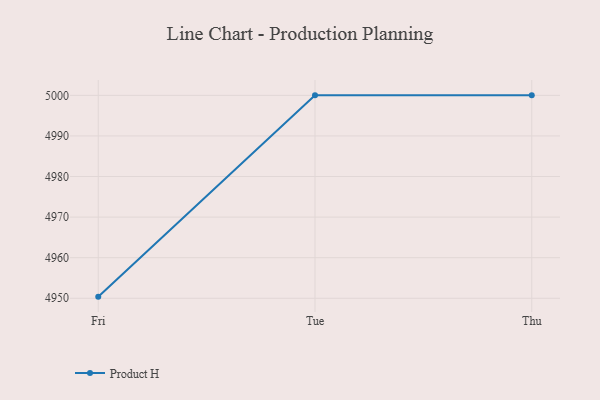
{"axis": {"x": "Day", "y": "Tickets Resolved"}, "legend": ["Product H"], "data": [{"x": "Fri", "y": 4950.4, "type": "Product H"}, {"x": "Tue", "y": 5000, "type": "Product H"}, {"x": "Thu", "y": 5000, "type": "Product H"}]}